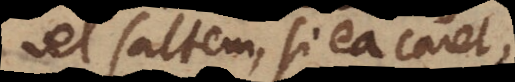
vel saltem, si ea caret,